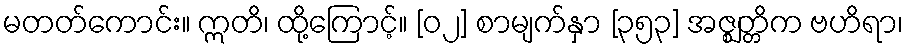
မတတ်ကောင်း။ ဣတိ၊ ထို့ကြောင့်။ [၀၂] စာမျက်နှာ [၃၅၃] အဇ္ဈတ္တိက ဗဟိရာ၊